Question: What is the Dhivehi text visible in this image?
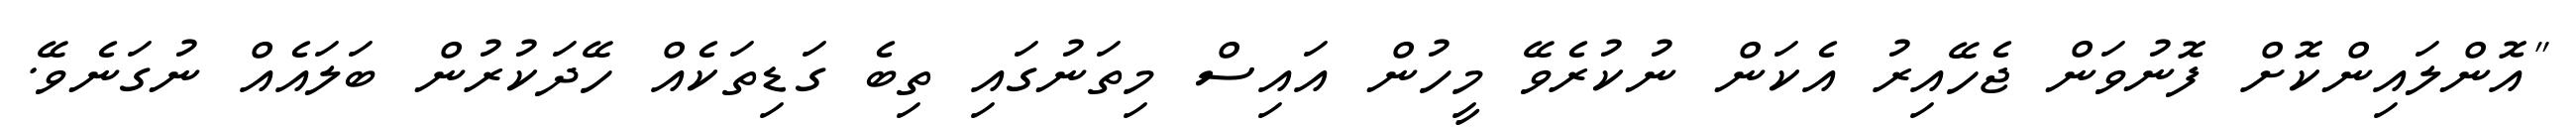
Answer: "އޮންލައިންކޮށް ފޮނުވަން ޖެހޭއިރު އެކަން ނުކުރެވޭ މީހުން އައިސް މިތަނުގައި ތިބެ ގަޑިތަކެއް ހޭދަކުރުން ބަލައެއް ނުގަނެވޭ.